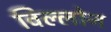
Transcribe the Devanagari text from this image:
विल्लोन